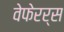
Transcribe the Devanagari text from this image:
वेफेरर्स